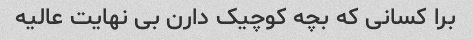
برا کسانی که بچه کوچیک دارن بی نهایت عالیه